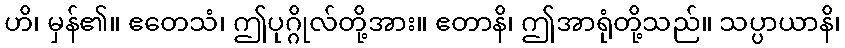
ဟိ၊ မှန်၏။ ဧတေသံ၊ ဤပုဂ္ဂိုလ်တို့အား။ ဧတာနိ၊ ဤအာရုံတို့သည်။ သပ္ပာယာနိ၊